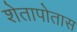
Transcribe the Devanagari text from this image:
शेतापोतास